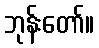
ဘုန်းတော်။